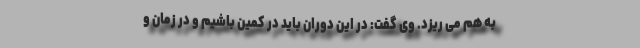
به هم می ریزد. وی گفت: در این دوران باید در کمین باشیم و در زمان و